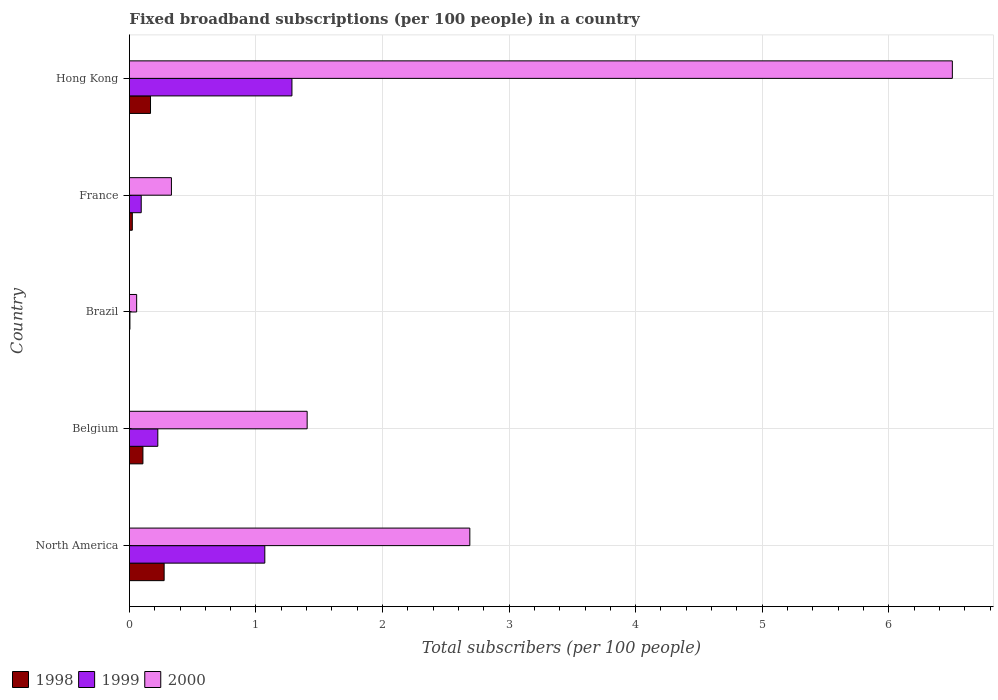
| Country | 1998 | 1999 | 2000 |
 | --- | --- | --- | --- |
 | North America | 0.274 | 1.07 | 2.69 |
 | Belgium | 0.107 | 0.225 | 1.4 |
 | Brazil | 0.00059 | 0.00407 | 0.0573 |
 | France | 0.023 | 0.0934 | 0.332 |
 | Hong Kong | 0.167 | 1.28 | 6.5 |